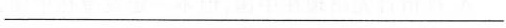
___